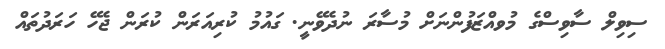
ސިވިލް ސާވިސްގެ މުވއްޒަފުންނަށް މުސާރަ ނުދެވޭނީ. ގައުމު ކުރިއަރަން ކުރަން ޖެހޭ ހަރަދުތައް